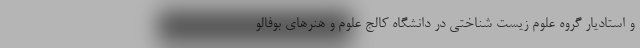
و استادیار گروه علوم زیست شناختی در دانشگاه کالج علوم و هنرهای بوفالو